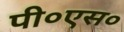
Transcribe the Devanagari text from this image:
पी०एस०